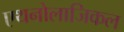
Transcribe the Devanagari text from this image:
एथनोलाजिकल